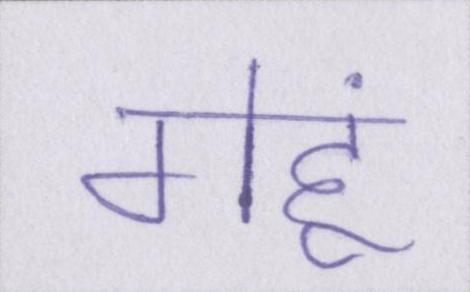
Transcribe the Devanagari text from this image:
गेहूं